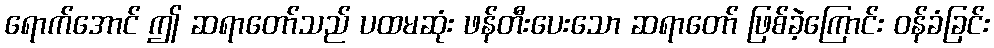
ရောက်အောင် ဤ ဆရာတော်သည် ပထမဆုံး ဖန်တီးပေးသော ဆရာတော် ဖြစ်ခဲ့ကြောင်း ဝန်ခံခြင်း